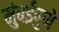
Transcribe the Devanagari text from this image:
मुंबईपुणे